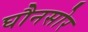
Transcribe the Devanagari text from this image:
घौनसोर